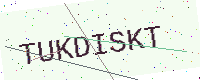
Text: TUKDISKT